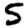
Digit: 5